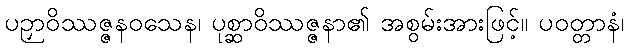
ပဉှာဝိဿဇ္ဇနဝသေန၊ ပုစ္ဆာဝိဿဇ္ဇနာ၏ အစွမ်းအားဖြင့်။ ပဝတ္တာနံ၊